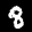
Label: 8